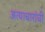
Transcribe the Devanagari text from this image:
अत्याचारांची